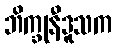
ဘိက္ခုနီဒူသက